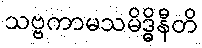
သဗ္ဗကာမသမိဒ္ဓိနီတိ